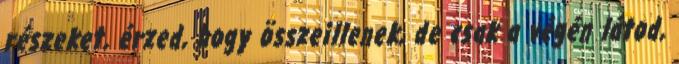
részeket, érzed, hogy összeillenek, de csak a végén látod,